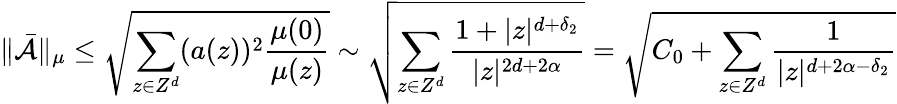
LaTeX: \| \bar{\mathcal{A}}\| _{\mu}\leq\sqrt{\sum_{z\in Z^{d}}(a(z))^{2}\frac{\mu(0)}{\mu(z)}}\sim\sqrt{\sum_{z\in Z^{d}}\frac{1+|z|^{d+\delta_{2}}}{|z|^{2d+2\alpha}}}=\sqrt{C_{0}+\sum_{z\in Z^{d}}\frac{1}{|z|^{d+2\alpha-\delta_{2}}}}